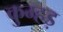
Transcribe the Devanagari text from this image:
कुम्हड़